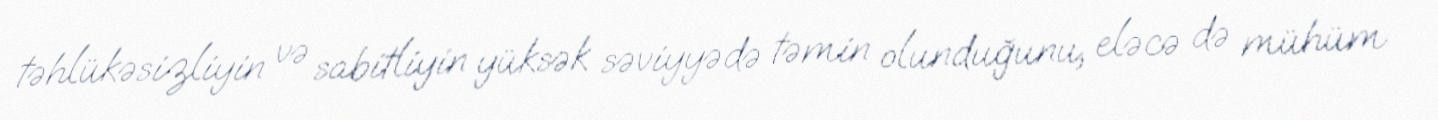
təhlükəsizliyin və sabitliyin yüksək səviyyədə təmin olunduğunu, eləcə də mühüm